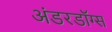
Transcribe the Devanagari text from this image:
अंडरडॉग्स